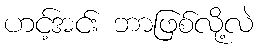
ဟင့်အင်း ဘာဖြစ်လို့လဲ